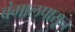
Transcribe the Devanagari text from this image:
बंगालपासून